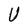
Character: U